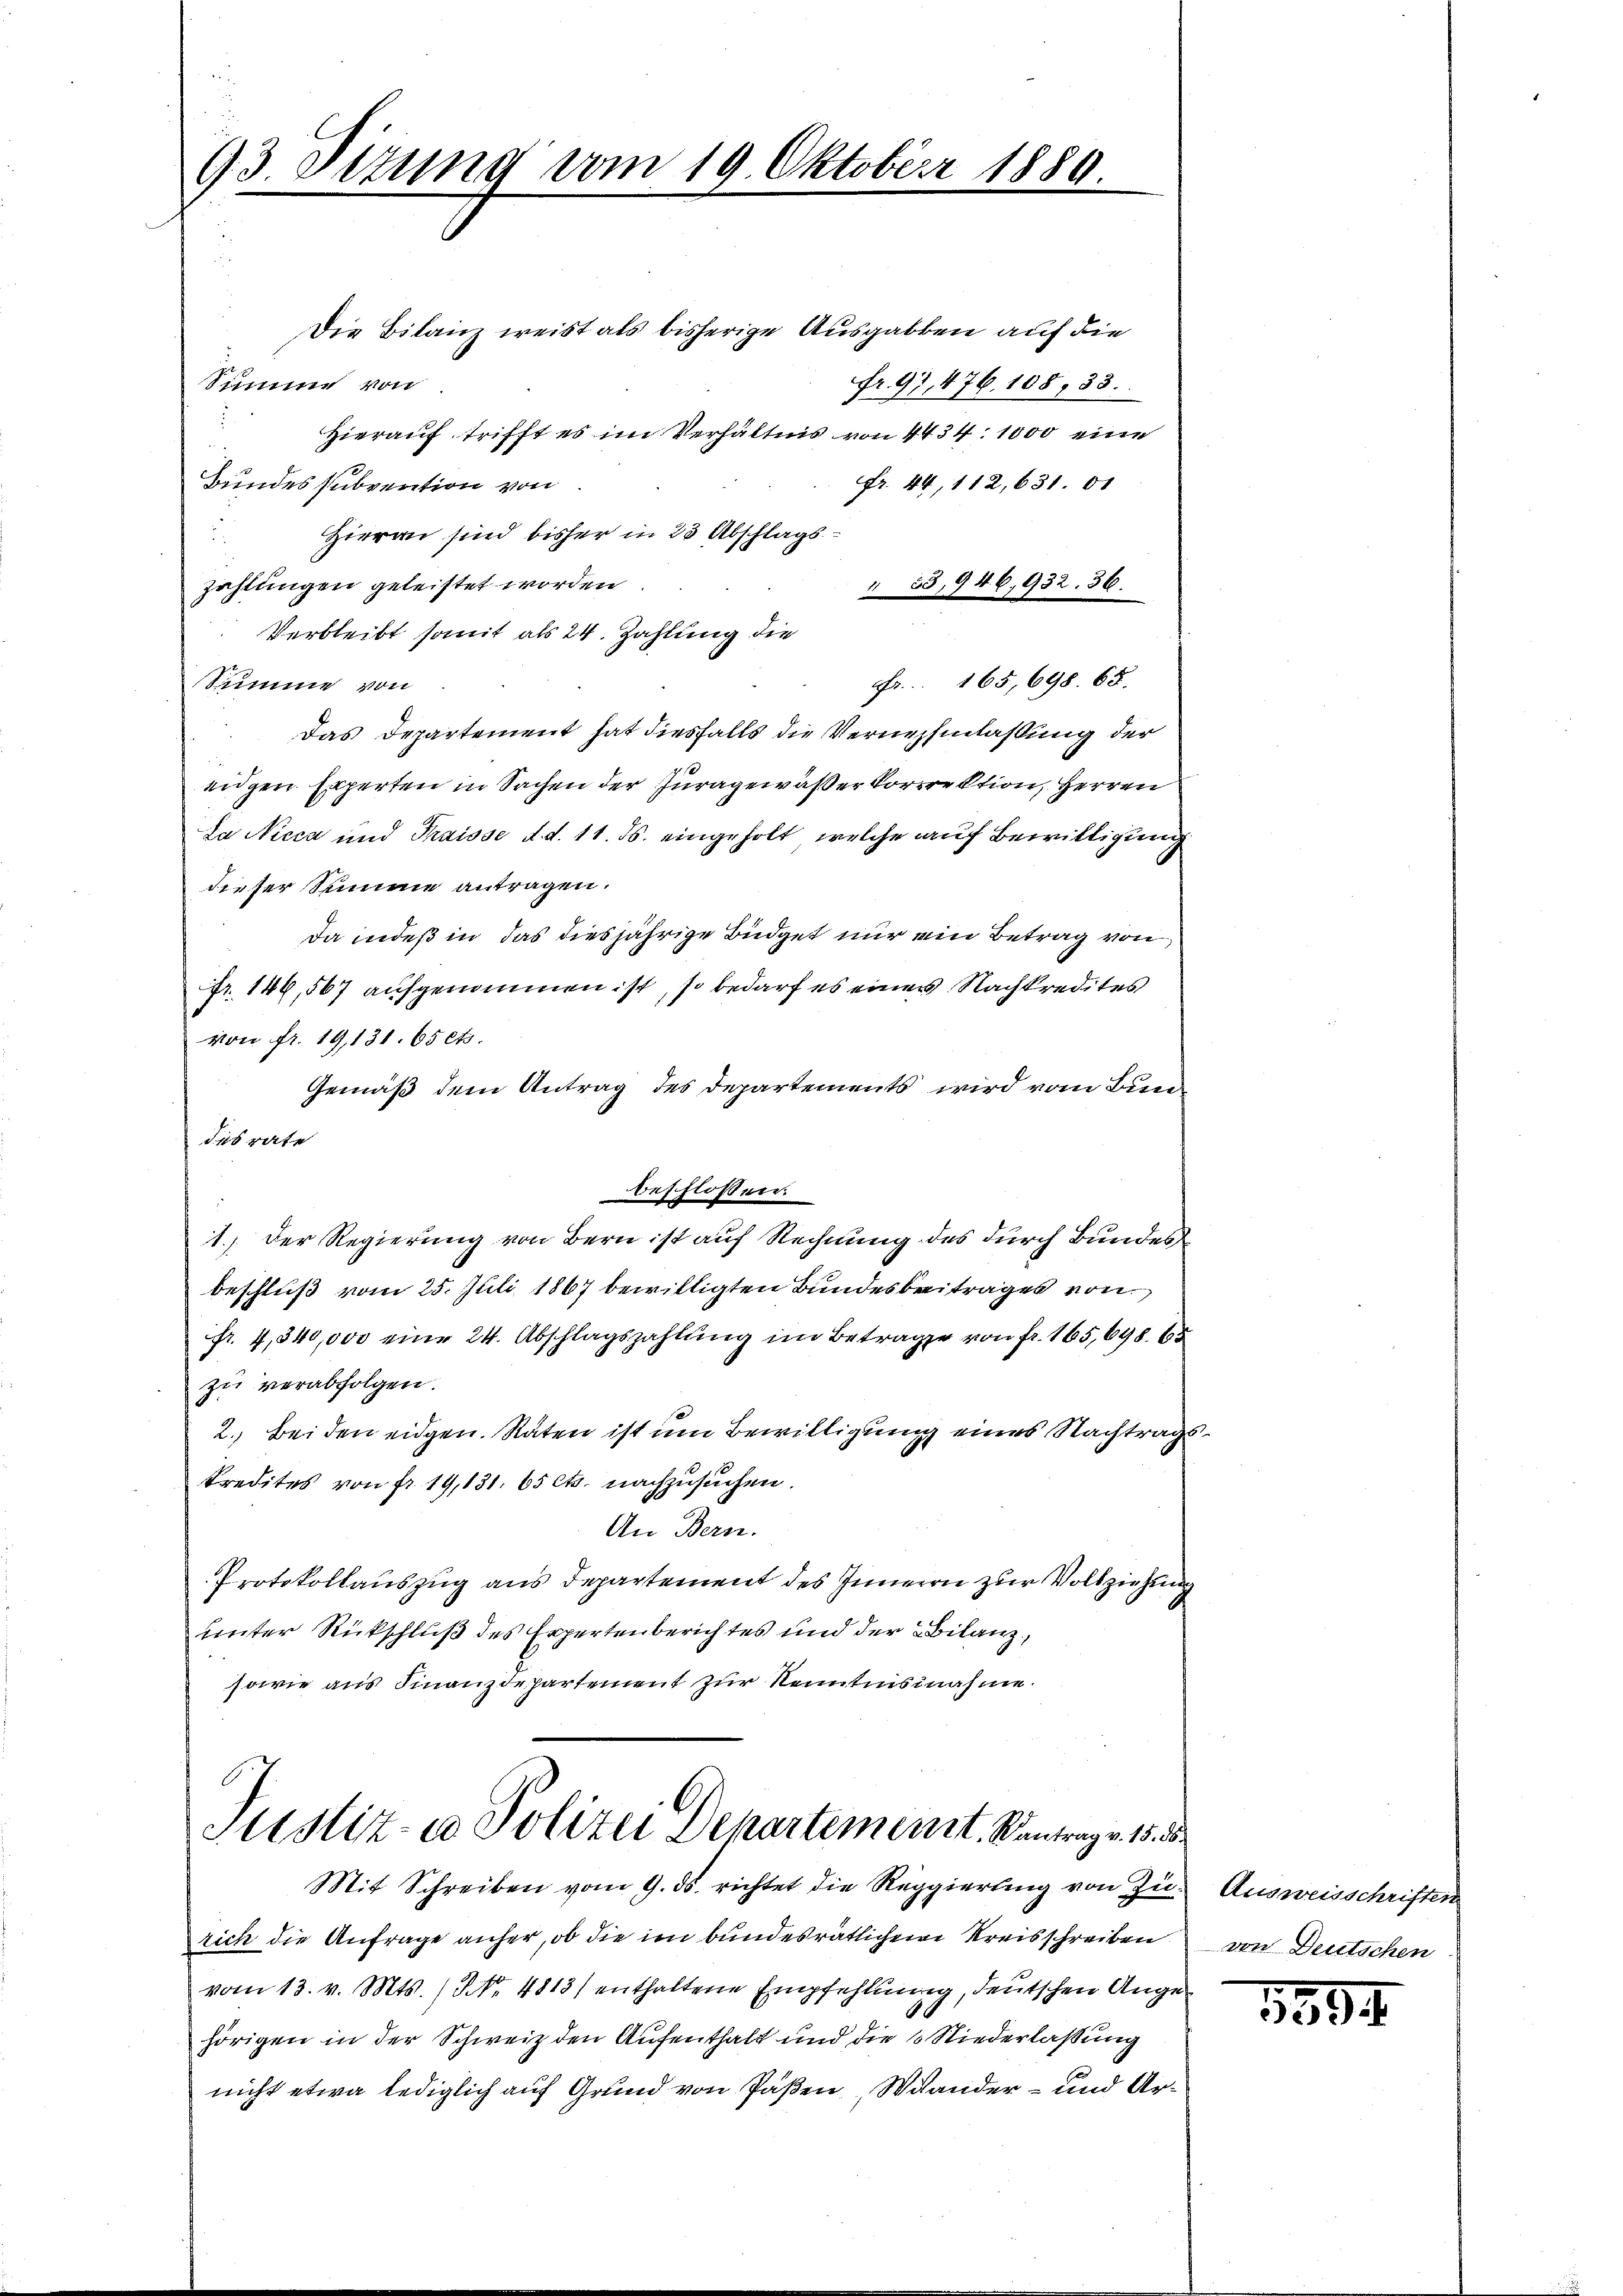
93. Sizung vom 19. Oktober 1880.

Die Bilanz weist als bisherige Ausgabten auf die
fr. 91, 476. 108, 33.
Simme von
Hierauf trifft es im Verhältnis von 4434. 1000 eine
.
fr. 44, 112, 631. 61
Bundes subvention von
Hieran sind bisher in 23 Abschlagsi
zahlungen geleistet worden
" 585, 946, 932. 36.
Verbleibt somit als 24. Zahlung die
Fr. 165, 698. 65.
Summe von
Das Departement hat diesfalls die Vernehmlassung der
eidgen Experten in Sachen der Juragewäßer korrektion, Herren
La Nicca und Praisse d. d. 11. ds. eingeholt, welche auf Bewilligung
dieser Summe antragen.
Da indeß in das diesjährige Büdget nur ein Betrag von
fr. 149, 567 aufgenommen ist, so bedarf es einer Nachkredites
von fr. 19,131. 65 cts.
Gemäß dem Antrag des Departements wird vom Bundesrate
beschlossen:
1.) Der Regierung von Bern ist auf Rechnung des durch Bundes
beschluß vom 25. Juli 1867 bewilligten Bundesbeitrages von
fr. 4,340,000 eine 24. Abschlagszahlung im Betrage von fr. 165, 698. 65
zu verabfolgen.
2.) Beiden eidgen. Raten ist um Bewilligung eines Nachtragskredites von fr. 19,131. 65 Cts. nachzusuchen.
An Bern.
Protokollauszug aus Departement des Inneren zur Vollziehung
unter Rückschluß des Expertenberichtes und der Bilanz,
sowie aus Finanzdepartement zur Kenntnisnahme.

Justiz- & Polizei Departement. Kantrage. 18. d
Mit Schreiben vom 9. ds. richtet die Reggierung von Zu- Ausweisschriften

rich die Anfrage anher, ob die im bundesrätlichen Kreisschreiben von Deutschen
vom 13. v. Mts. No. 4813) enthaltene Empfehlung, deutschen Angehörigen in der Schweiz den Aufenthalt und die 6 Niederlaßung
nicht etwa lediglich auf Grund von Päßen, Wander- und Ar¬

5594